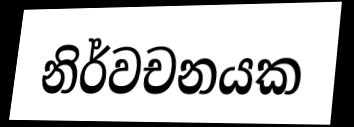
නිර්වචනයක